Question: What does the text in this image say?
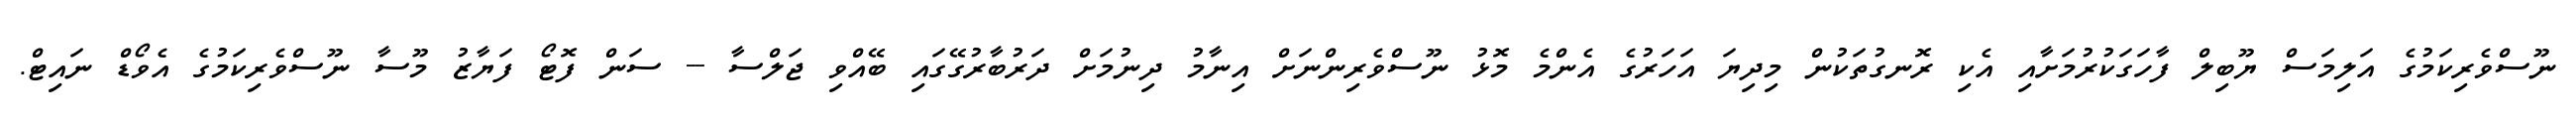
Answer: ނޫސްވެރިކަމުގެ އަލިމަސް ޔޫބިލް ފާހަގަކުރުމަށާއި އެކި ރޮނގުތަކުން މިދިޔަ އަހަރުގެ އެންމެ މޮޅު ނޫސްވެރިންނަށް އިނާމު ދިނުމަށް ދަރުބާރުގޭގައި ބޭއްވި ޖަލްސާ -- ސަން ފޮޓޯ ފަޔާޒު މޫސާ ނޫސްވެރިކަމުގެ އެވޯޑް ނައިޓް.